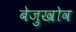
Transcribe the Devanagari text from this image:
बेज़ुखोव